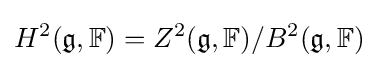
H^{2}({\mathfrak {g}},\mathbb {F} )=Z^{2}({\mathfrak {g}},\mathbb {F} )/B^{2}({\mathfrak {g}},\mathbb {F} )